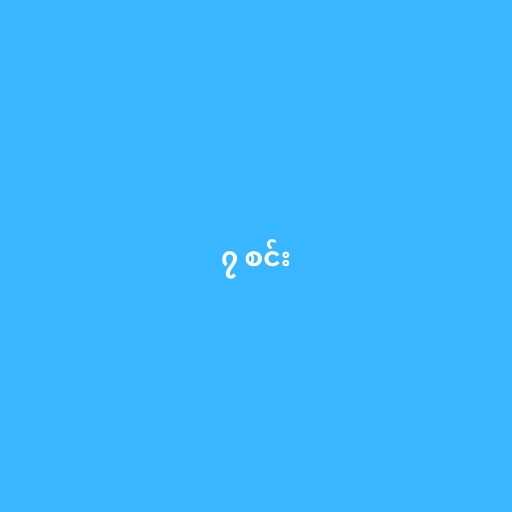
၇ စင်း